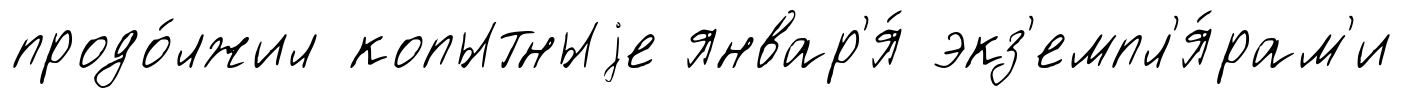
продо́лжил копытныjе январ'я́ экз'емпл'я́рам'и